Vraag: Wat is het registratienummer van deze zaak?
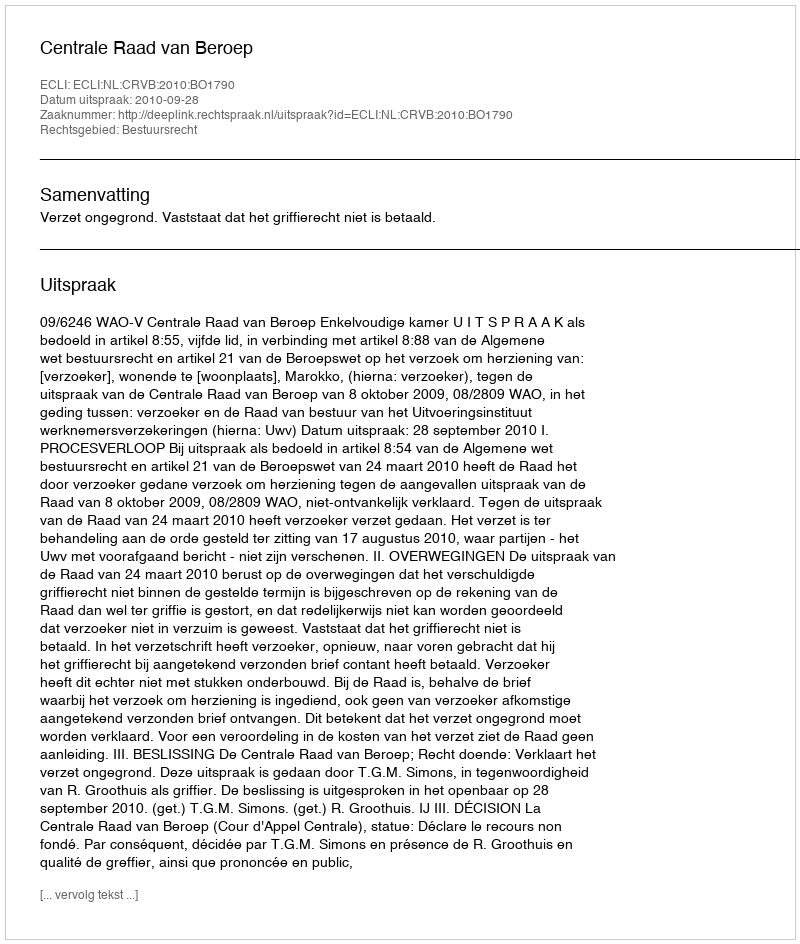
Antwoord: http://deeplink.rechtspraak.nl/uitspraak?id=ECLI:NL:CRVB:2010:BO1790